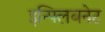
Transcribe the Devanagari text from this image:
इन्फ्लिबनेट